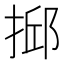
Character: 𢮼